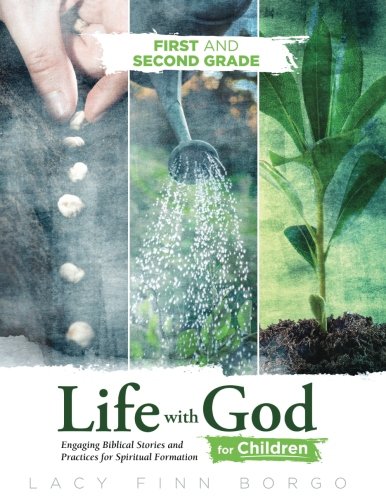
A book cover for Life with God for Children: First and Second Grade (Volume 2); Lacy Finn Borgo; Christian Books & Bibles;